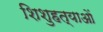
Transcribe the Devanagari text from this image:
शिशुहत्याओं